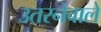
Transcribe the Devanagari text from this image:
उतरनेवाले